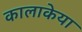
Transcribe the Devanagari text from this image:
कालाकेया